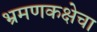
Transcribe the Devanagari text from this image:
भ्रमणकक्षेचा